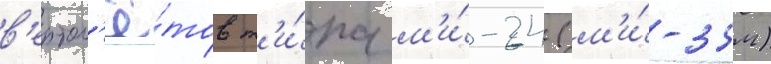
в'ертол'ё́тов т'и́па м'и́-24 (м'и́-35м)